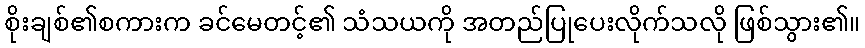
စိုးချစ်၏စကားက ခင်မေတင့်၏ သံသယကို အတည်ပြုပေးလိုက်သလို ဖြစ်သွား၏။